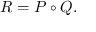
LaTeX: R = P \circ Q .